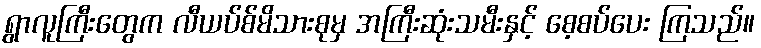
ရွာလူကြီးတွေက လီယပ်စ်မိသားစုမှ အကြီးဆုံးသမီးနှင့် စေ့စပ်ပေး ကြသည်။